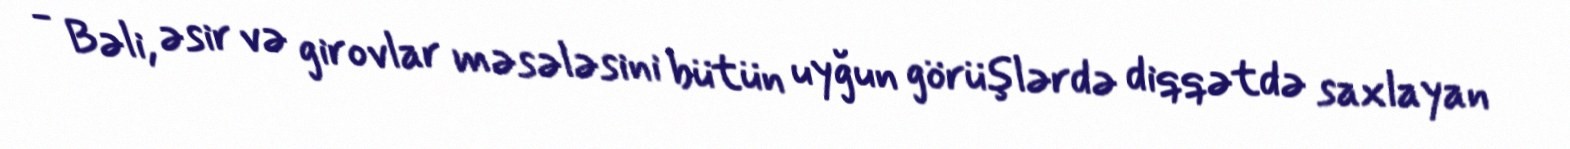
- Bəli, əsir və girovlar məsələsini bütün uyğun görüşlərdə diqqətdə saxlayan